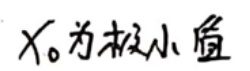
$x_0$为极小值